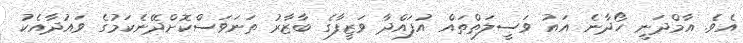
އެވެ. އާމްދަނީ ހޯދާނެ އައު ވަސީލަތްތައް އުފައްދާ ވަޒީފާގެ ބާޒާރު ތަނަވަސްކޮށްދޭނެކަމުގެ ވައުދާއެކު